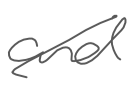
Text: and
Cross-out: diagonal
Writing tool: digital_gray